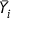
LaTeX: { \bar { Y } } _ { i }